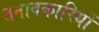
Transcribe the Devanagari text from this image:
तनावकारियों